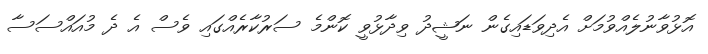
އޮޅުވާނުލެއްވުމަށް އެދިވަޑައިގެން ނަޝީދު ވިދާޅުވީ ކޮންމެ ސަރުކާރެއްގައި ވެސް އެ ދެ މުއައްސަސާ